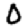
Digit: 0